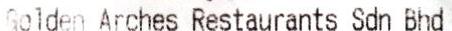
SOLDEN ARCHES RESTAURENTS SNN BHD